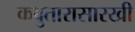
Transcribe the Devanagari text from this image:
कबुतारासारखी